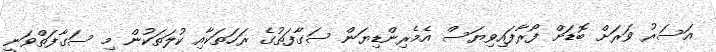
އަސަރު ވަރަށް ބޮޑަށް ފޯރާފައިވިޔަސް އެމެރިންޑިޔަން ސަގާފަތުގެ ރަހަތަކާއި ކުލަތަކުން މި ސަގާފަތްވަނީ